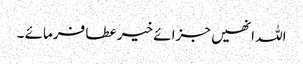
اللہ انھیں جزائے خیر عطا فرمائے ۔